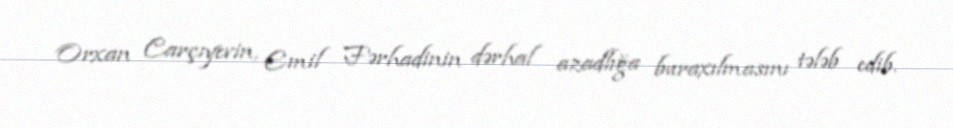
Orxan Carçıyevin, Emil Fərhadinin dərhal azadlığa buraxılmasını tələb edib.